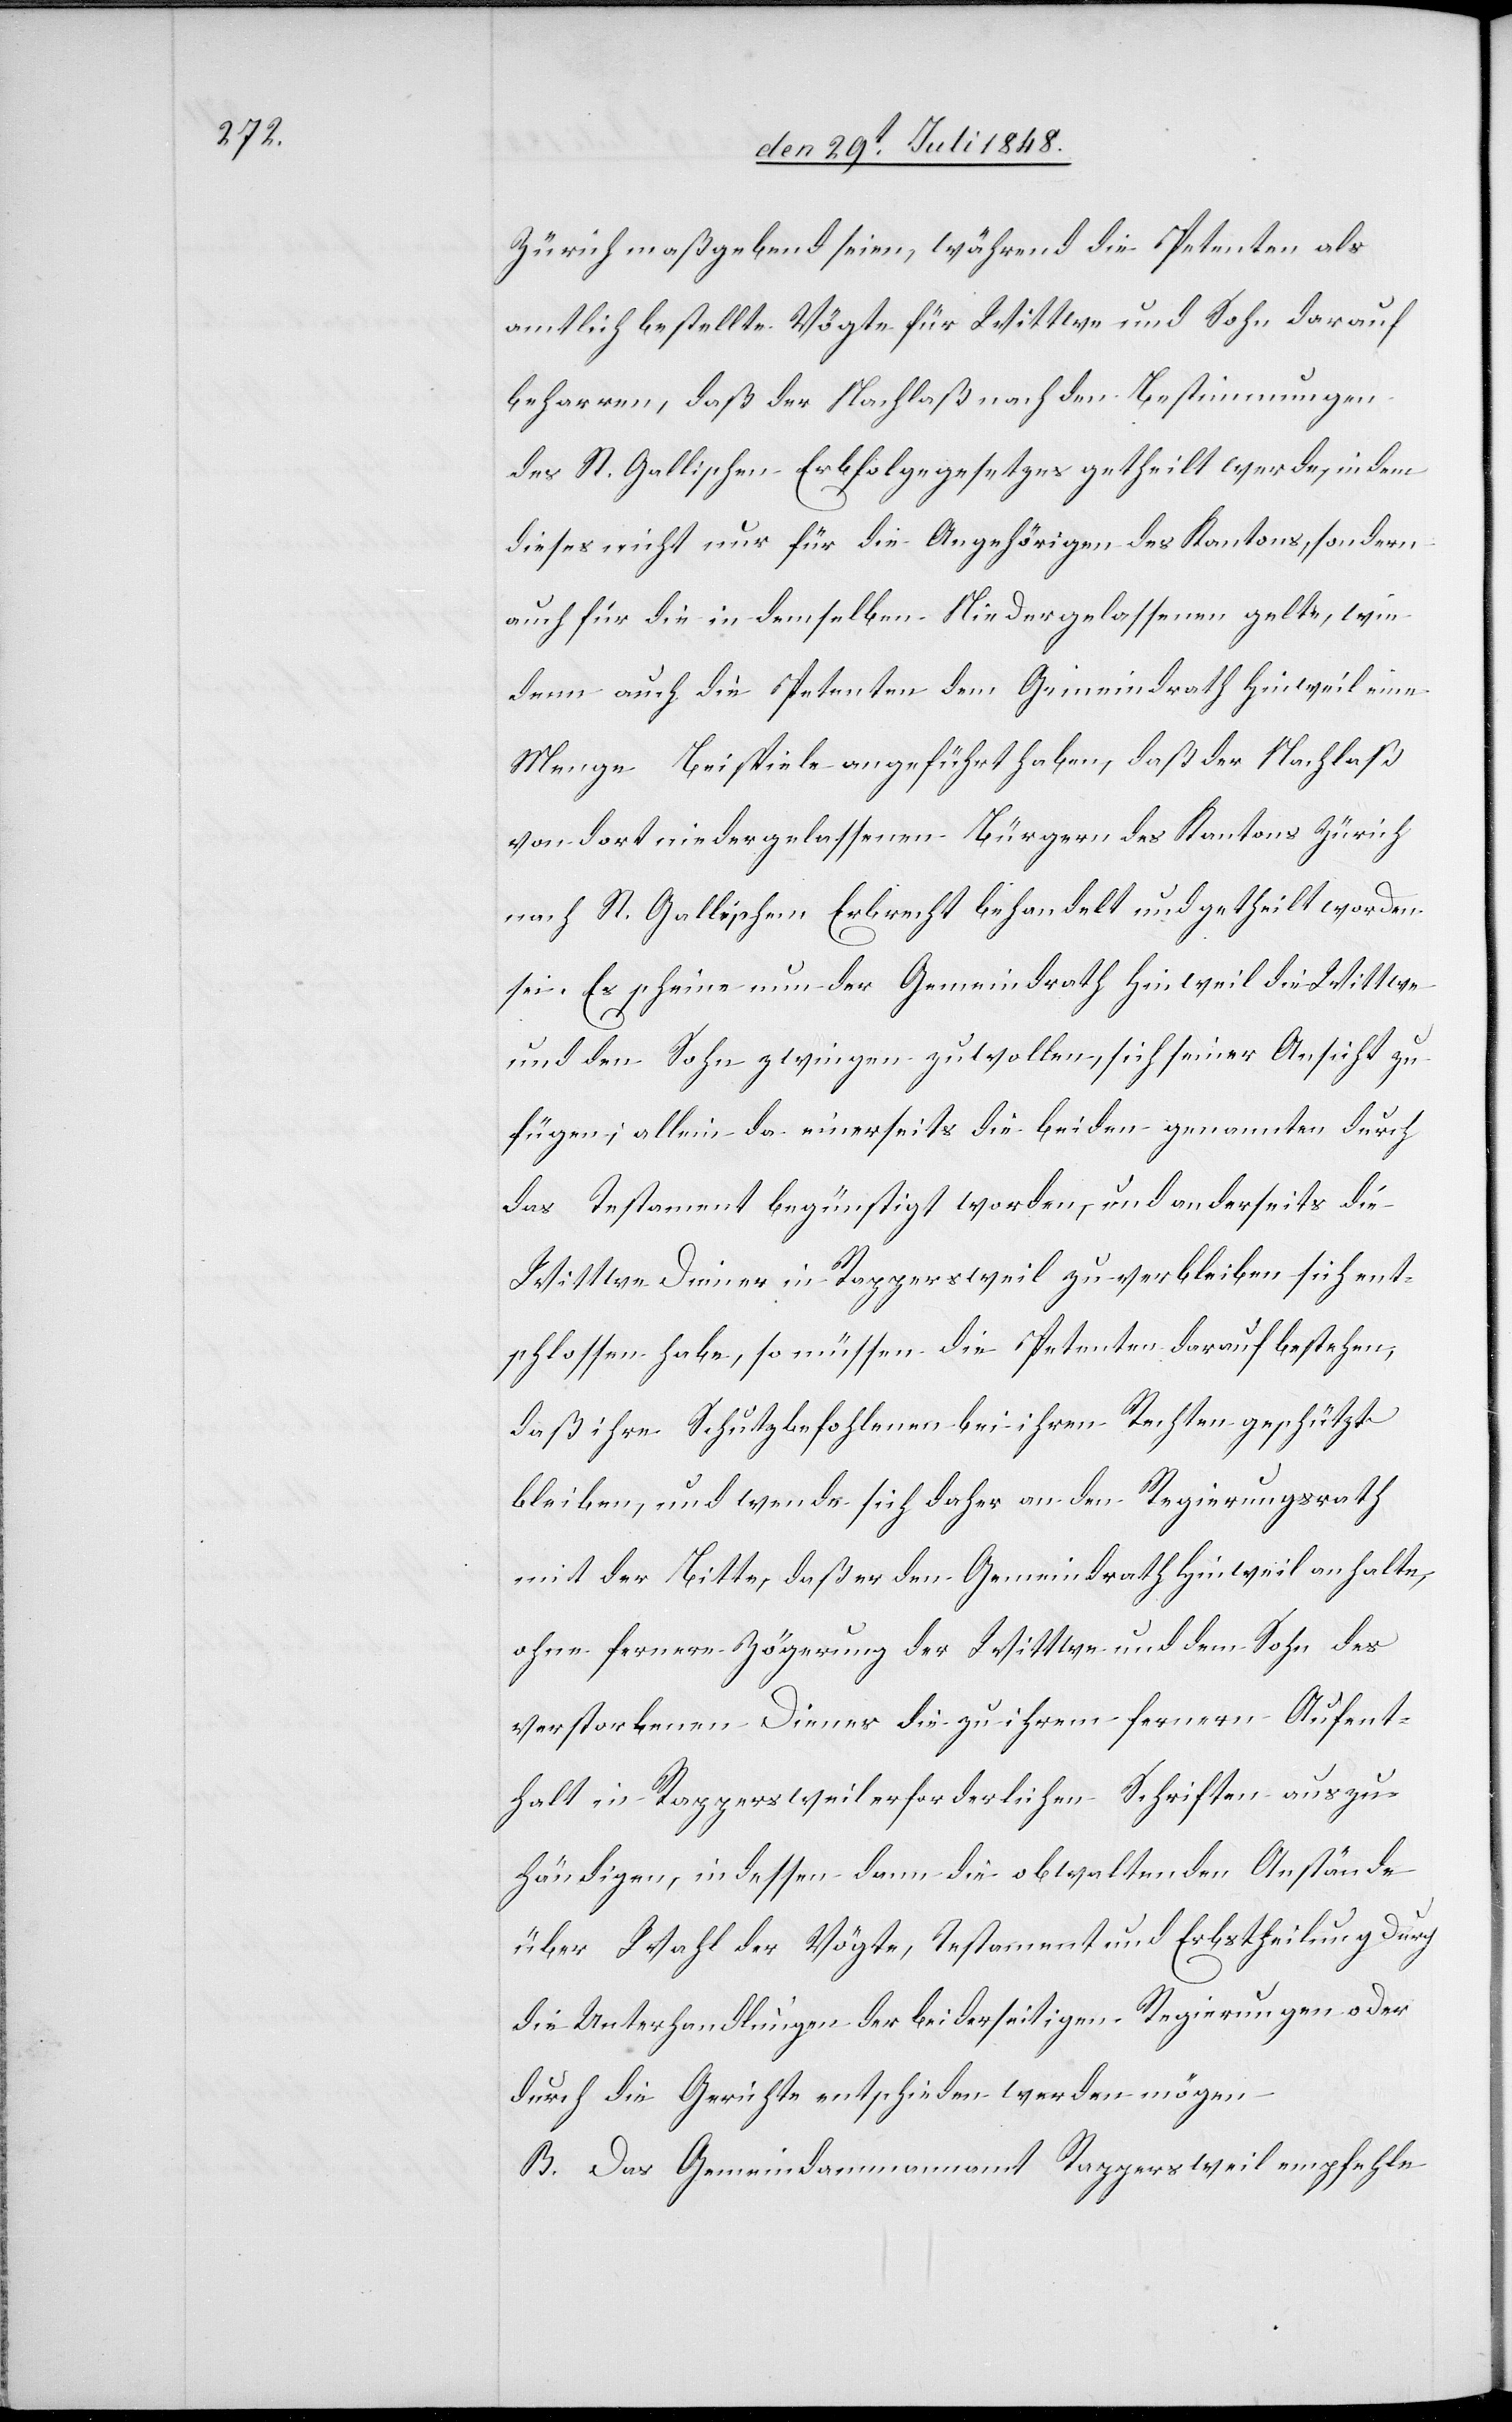
Zürich maßgebend seien, während die Petenten als
amtlich bestellte Vögte für Wittwe und Sohn darauf
beharren, daß der Nachlaß nach den Bestimmungen
des St. Gallischen Erbfolgegesetzes getheilt werde, indem
dieses nicht nur für die Angehörigen des Kantons, sondern
auch für die in demselben Niedergelassenen gelte, wie
denn auch die Petenten dem Gemeindrath Hinweil eine
Menge Beispiele angeführt haben, daß der Nachlaß
von dort niedergelassenen Bürgern des Kantons Zürich
nach St. Gallischem Erbrecht behandelt und geteilt worden
sei. Es scheine nun der Gemeindrath Hinweil die Wittwe
und den Sohn zwingen zu wollen, sich seiner Ansicht zu
fügen; allein da einerseits die beiden genannten durch
das Testament begünstigt worden, und anderseits die
Wittwe Diener in Rappersweil zu verbleiben sich ent¬
schlossen habe, so müssen die Petenten darauf bestehen,
daß ihre Schutzbefohlenen bei ihren Rechten geschützt
bleiben, und wende sich daher an den Regierungsrath
mit der Bitte, daß er den Gemeindrath Hinweil anhalte,
ohne fernere Zögerung der Wittwe und dem Sohn des
verstorbenen Diener die zu ihrem fernern Aufent¬
halt in Rappersweil erforderlichen Schriften auszu¬
händigen, indessen dann die obwaltenden Anstände
über Wahl der Vögte, Testament und Erbstheilung durch
die Unterhandlungen der beiderseitigen Regierungen oder
durch die Gerichte entschieden werden mögen.
B. Das Gemeindammannamt Rappersweil empfehle